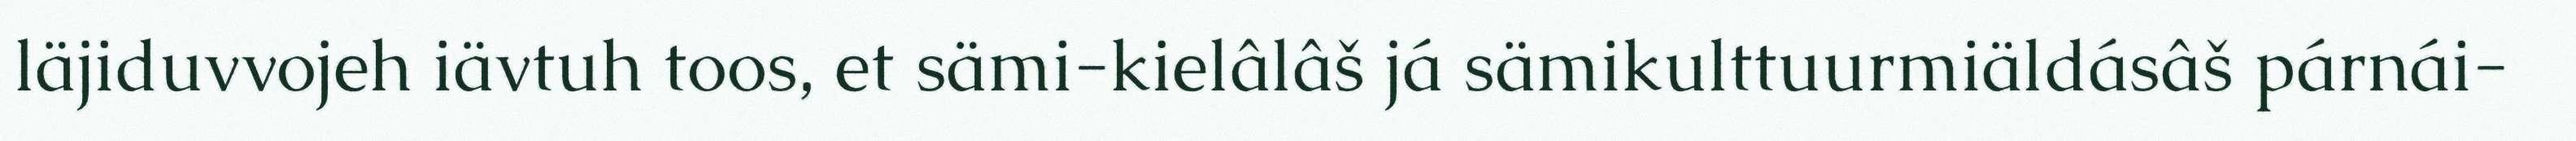
läjiduvvojeh iävtuh toos, et sämi-kielâlâš já sämikulttuurmiäldásâš párnái-